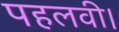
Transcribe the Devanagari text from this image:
पहलवी।